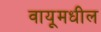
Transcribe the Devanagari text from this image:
वायूमधील